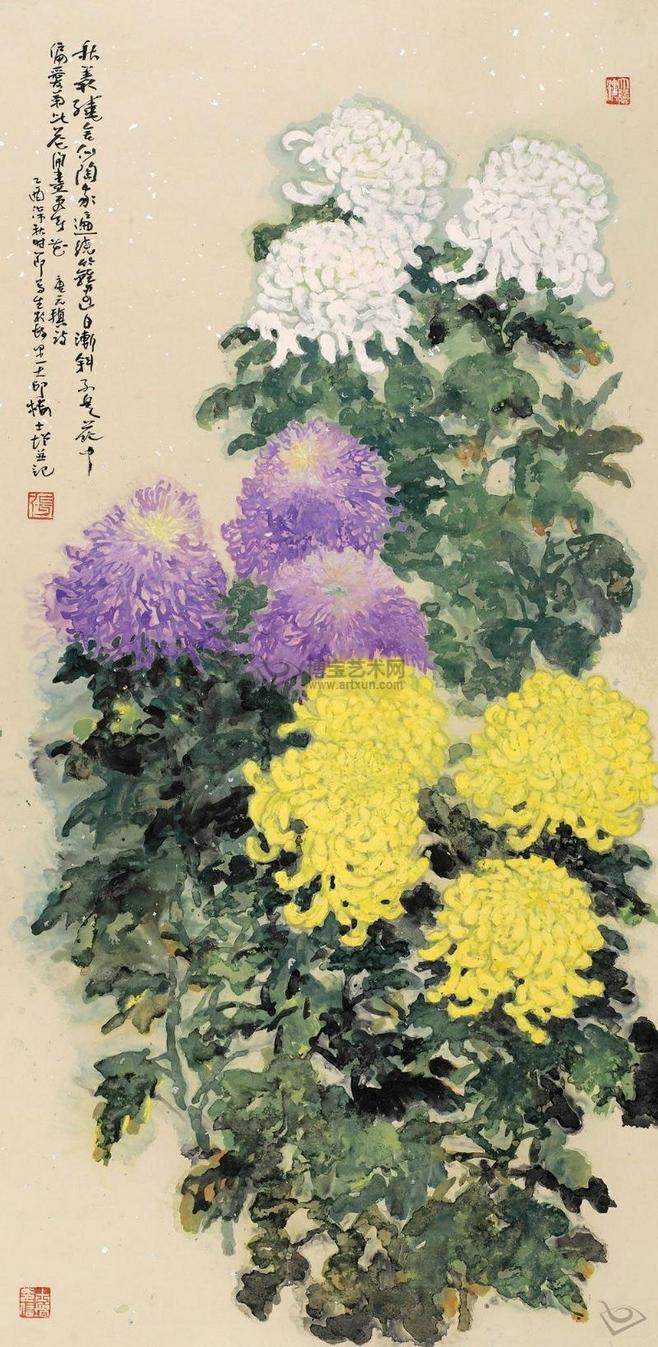
秋丛绕舍似陶家，遍绕篱边日渐斜。